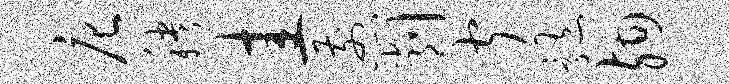
庀秧圭煎削闻髓殉